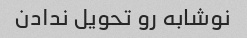
نوشابه رو تحویل ندادن